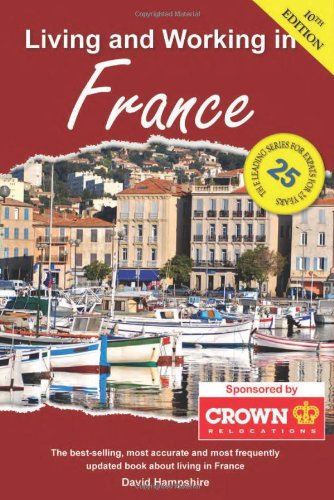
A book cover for Living and Working in France: A Survival Handbook (Living & Working in France); David Hampshire; Travel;